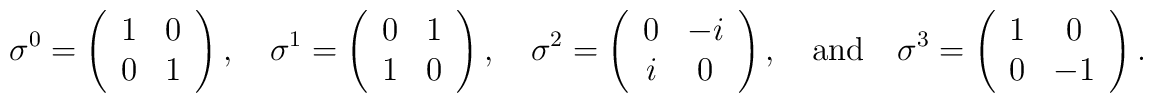
\sigma^{0}=\left( \begin{array}{cc} 1 & 0 \\ 0 & 1 \end{array} \right), \nonumber       \quad\sigma^{1}=\left( \begin{array}{cc} 0 & 1 \\ 1 & 0 \end{array} \right), \nonumber       \quad\sigma^{2}=\left( \begin{array}{cc} 0 & -i \\ i & 0 \end{array} \right), \nonumber       \quad \mbox{and} \nonumber       \quad\sigma^{3}=\left( \begin{array}{cc} 1 & 0 \\ 0 & -1 \end{array} \right).